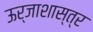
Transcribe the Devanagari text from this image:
ऊर्जाशास्त्र